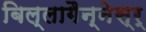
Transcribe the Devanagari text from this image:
बिल्लागैन्नेस्र्